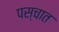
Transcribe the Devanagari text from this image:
पस्चात